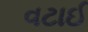
વટાઈ